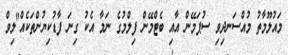
މައުލޫމާތު މުއްސަނދިވި ސުޕަމޭން އާއި ބެޓްމޭން ފިލްމުގެ ނަމާ އެކު ގިނަ ފާޑުކިޔުންތަކެއް"ލިވް